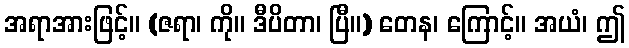
အရာအားဖြင့်။ (ဇရာ၊ ကို။ ဒီပိတာ၊ ပြီ။) တေန၊ ကြောင့်။ အယံ၊ ဤ